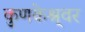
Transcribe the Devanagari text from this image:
कुणकेश्र्वर